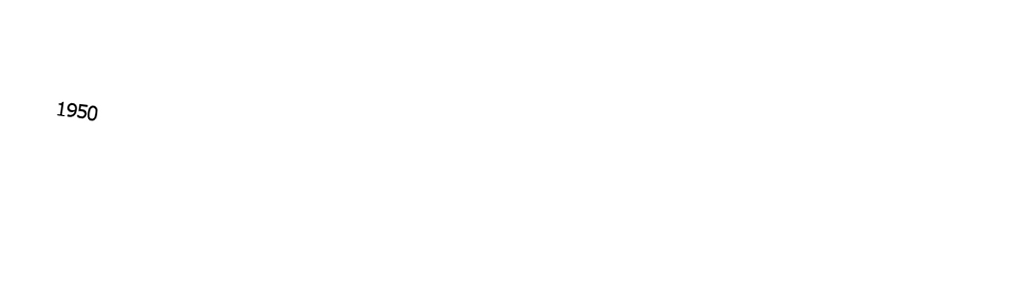

1950